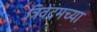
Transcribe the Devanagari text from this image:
त्रिवेंद्रमच्या